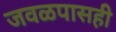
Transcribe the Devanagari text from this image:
जवळपासही